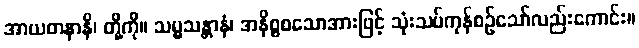
အာယတနာနိ၊ တို့ကို။ သမ္မသန္တာနံ၊ အနိစ္စစသောအားဖြင့် သုံးသပ်ကုန်စဉ်သော်လည်းကောင်း။